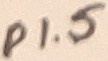
Text: P1.5